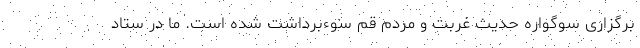
برگزاری سوگواره حدیث غربت و مردم قم سوءبرداشت شده است. ما در ستاد